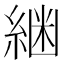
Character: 𮈟